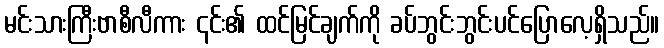
မင်းသားကြီးဗာစီလီကား ၎င်း၏ ထင်မြင်ချက်ကို ခပ်ဘွင်းဘွင်းပင်ပြောလေ့ရှိသည်။